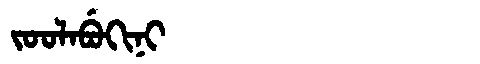
Manchu: ᠵᠣᠣᠯᠠᠪᡠᡴᡳᠨᡳ
Romanization: JOOLABUKINI